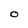
Character: O